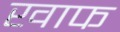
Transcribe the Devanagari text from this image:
खाफ